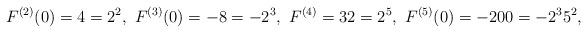
LaTeX: \begin{align*}F^{(2)}(0)=4=2^2,\ F^{(3)}(0)=-8=-2^3,\ F^{(4)}=32=2^5,\ F^{(5)}(0)=-200=-2^{3}5^{2}, \end{align*}